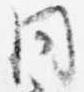
同